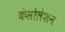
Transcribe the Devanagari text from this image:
कंसोलेशन